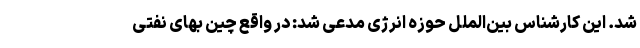
شد. این کارشناس بین‌الملل حوزه انرژی مدعی شد: در واقع چین بهای نفتی